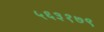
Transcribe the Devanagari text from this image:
५६३१७९